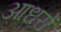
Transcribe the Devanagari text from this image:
आधरों